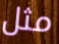
مثل